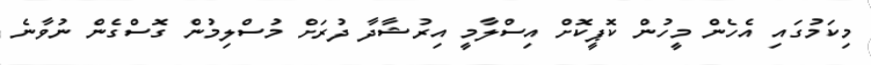
މިކަމުގައި އެހެން މީހުން ކޮޕީކޮށް އިސްލާމީ އިރުޝާދާ ދުރަށް މުސްލިމުން ގޮސްގެން ނުވާނެ